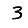
Digit: 3